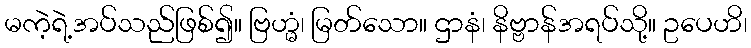
မကဲ့ရဲ့အပ်သည်ဖြစ်၍။ ဗြဟ္မံ၊ မြတ်သော။ ဌာနံ၊ နိဗ္ဗာန်အရပ်သို့။ ဥပေဟိ၊